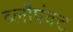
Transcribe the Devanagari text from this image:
ब्लौपंक्ट